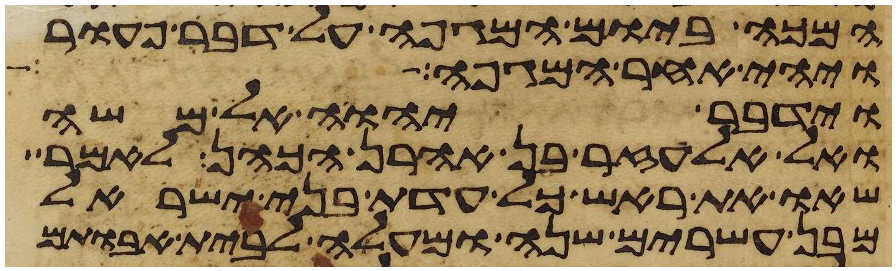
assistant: המכה ביום המגפה על דבר פעור
ויהי אחר המגפה
וידבר יהוה אל משה
ואל אלעזר בן אהרן הכהן לאמר
שאו את ראש כל עדת בני ישראל
מבן עשרים שנה ומעלה לבית אבותם